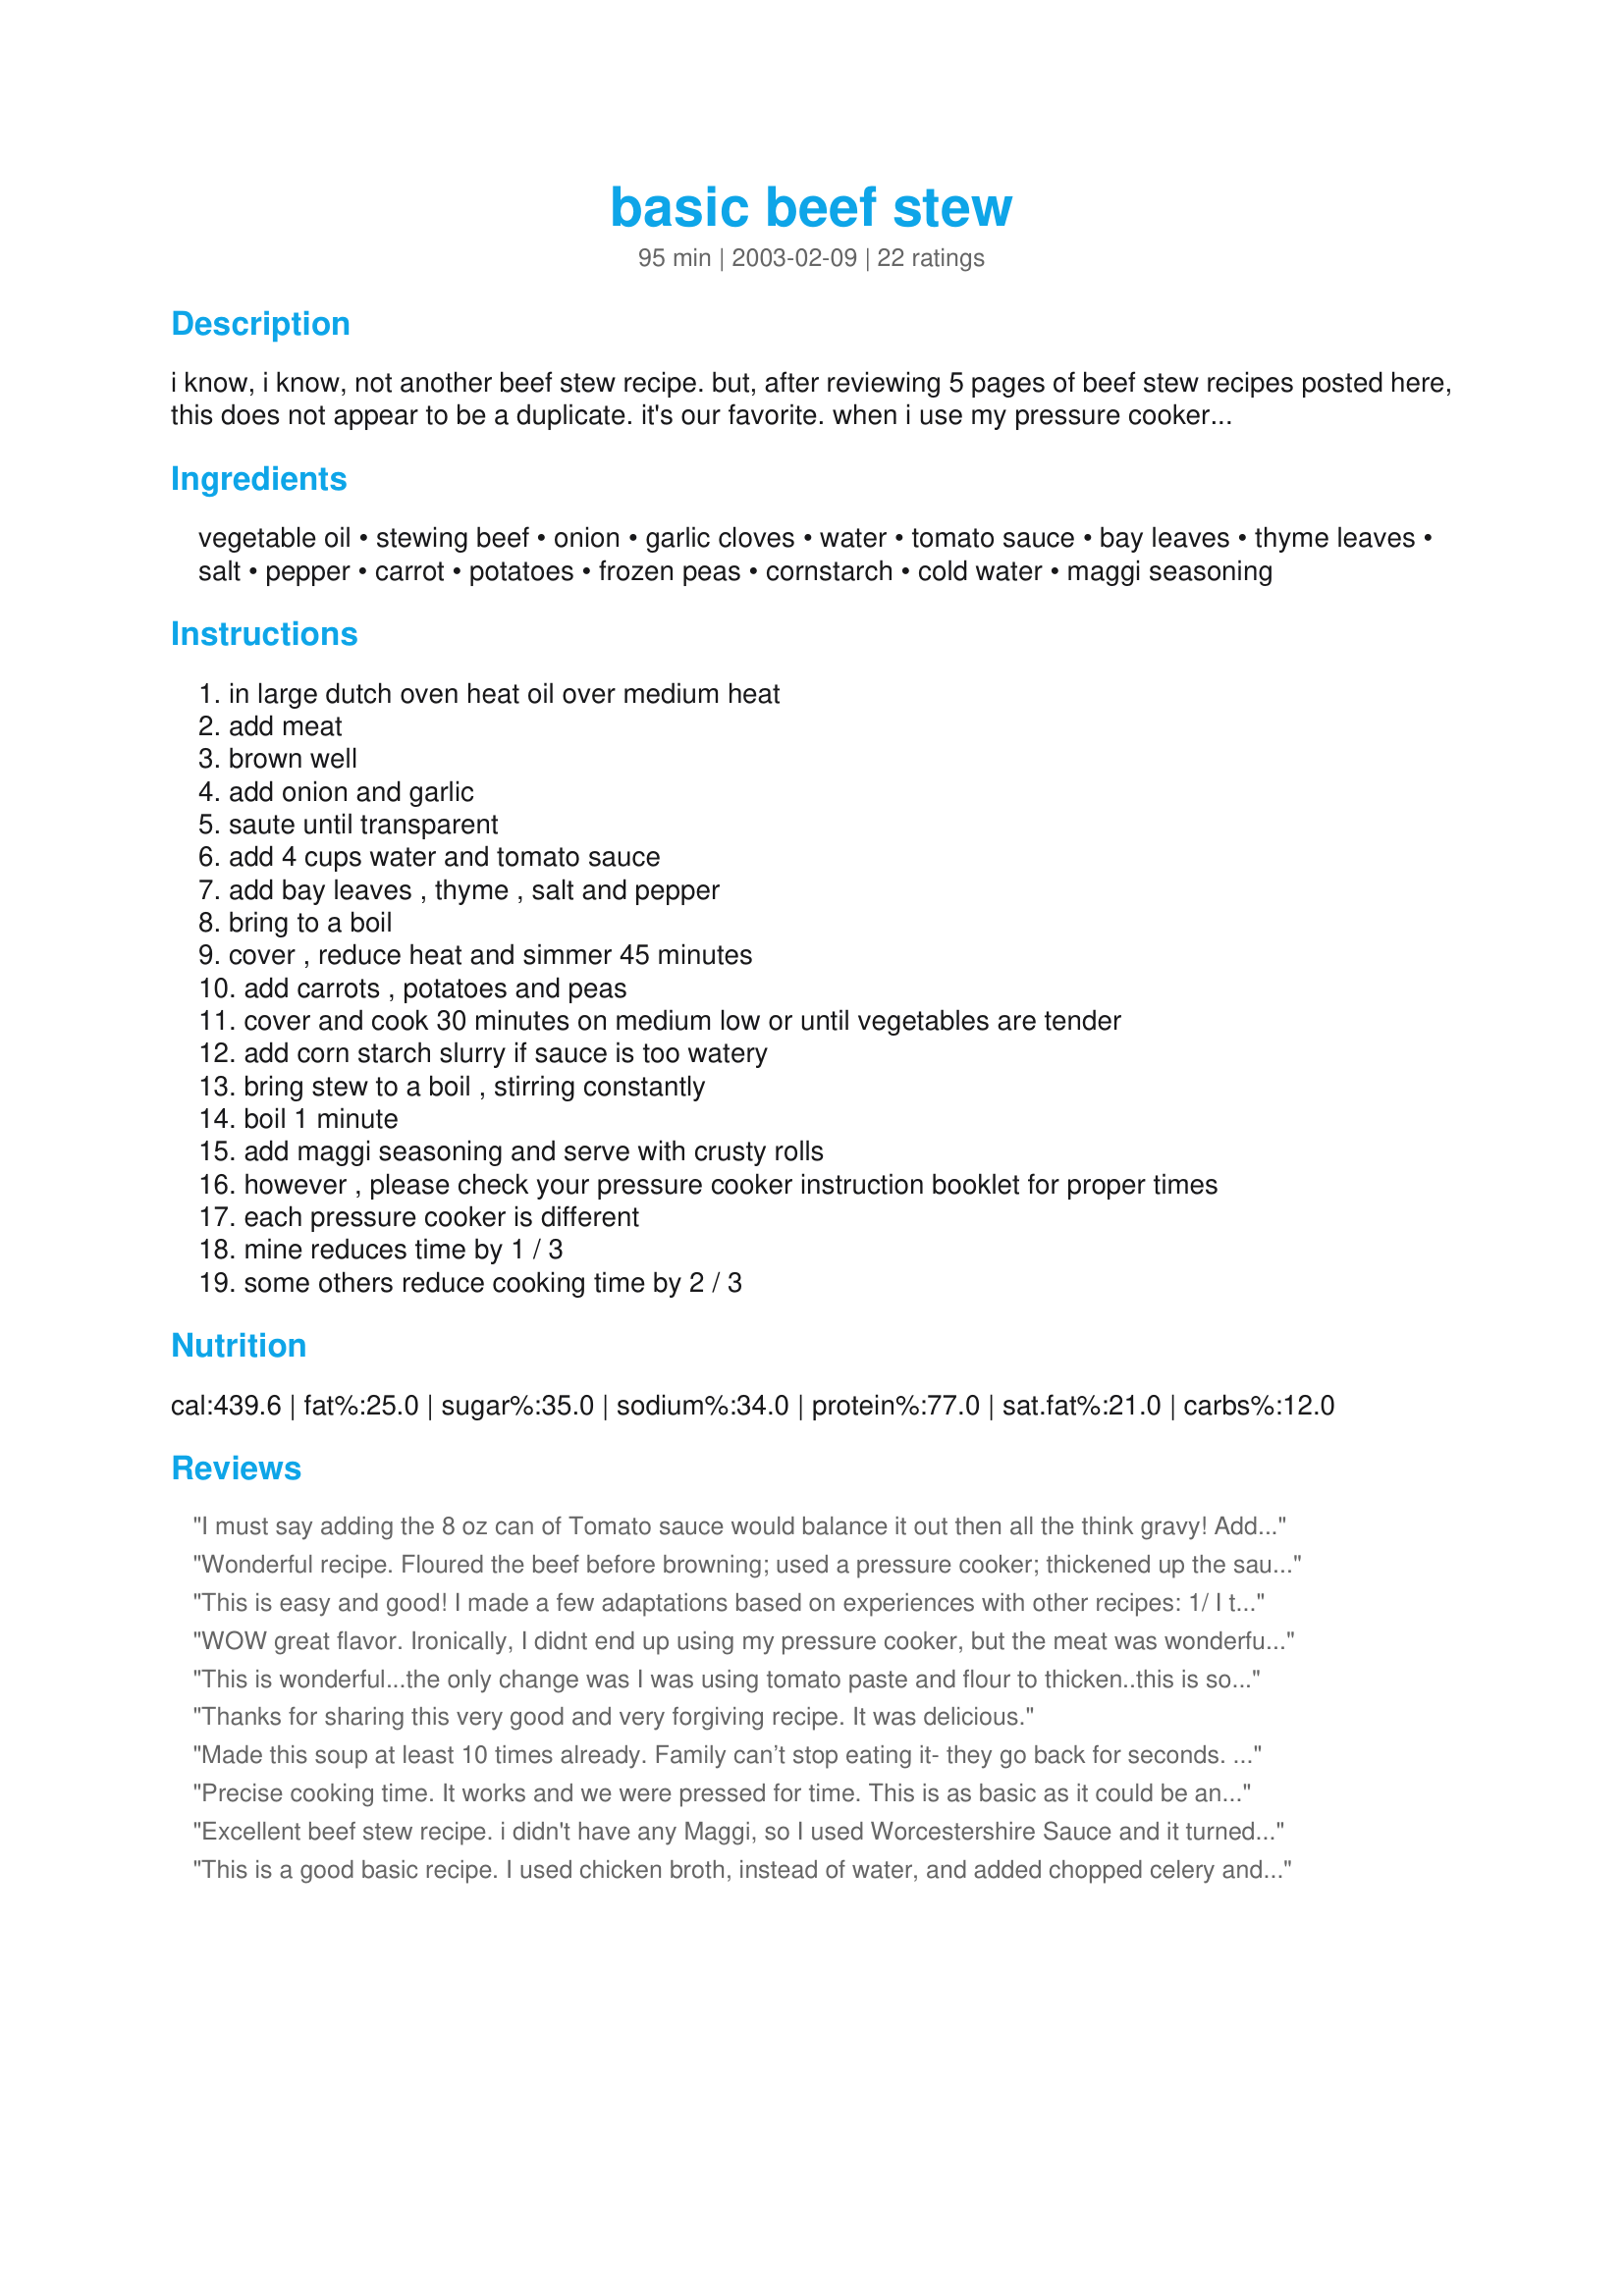
basic beef stew
Preparation time: 95 minutes

i know, i know, not another beef stew recipe. but, after reviewing 5 pages of beef stew recipes posted here, this does not appear to be a duplicate. it's our favorite. when i use my pressure cooker it's ready in less than an hour, and the flavor can't be beat. note for the world tour participants - stews are an english tradition, and typically include meat and root vegetables. english peas are also very common in british cookery.

Ingredients:
vegetable oil, stewing beef, onion, garlic cloves, water, tomato sauce, bay leaves, thyme leaves, salt, pepper, carrot, potatoes, frozen peas, cornstarch, cold water, maggi seasoning

Steps:
in large dutch oven heat oil over medium heat, add meat, brown well, add onion and garlic, saute until transparent, add 4 cups water and tomato sauce, add bay leaves , thyme , salt and pepper, bring to a boil, cover , reduce heat and simmer 45 minutes, add carrots , potatoes and peas, cover and cook 30 minutes on medium low or until vegetables are tender, add corn starch slurry if sauce is too watery, bring stew to a boil , stirring constantly, boil 1 minute, add maggi seasoning and serve with crusty rolls, however , please check your pressure cooker instruction booklet for proper times, each pressure cooker is different, mine reduces time by 1 / 3, some others reduce cooking time by 2 / 3

Reviews:
I must say adding the 8 oz can of Tomato sauce would balance it out then all the think gravy! Added a better color and a sensational pop in our mouths of flavors bursting out! Awesome you guys Rock! Love adding our own little spins to enhance it even more!! Yeah my Boys gobbled it!! I think Obsessed is the word! Huge Hit alright ??
Wonderful recipe. Floured the beef before browning; used a pressure cooker; thickened up the sauce; and added some cayenne to add a bit of kick!
This is easy and good! I made a few adaptations based on experiences with other recipes: 
1/ I tossed the beef cubes in flour with a bit of salt and pepper before browining them,
2/ I added 1 cup of red wine in lieu of one cup of water, and 
3/ I used frozen green beans (whole) which I had on hand, instead of the peas.
I did not use cornstarch or maggi, but I think the flour I did use at the browning stage helps to make a bit of a thicker sauce.
It was a nice thick stew. Will definitely use this recipe again. Thanks Pan Nan!!!
WOW great flavor. Ironically, I didnt end up using my pressure cooker, but the meat was wonderfully tender and the gravy was really tasty. I didnt have Maggi seasoning so I used kitchen boquet, a browning/gravy sauce.
This is wonderful...the only change was I was using tomato paste and flour to thicken..this is so much better. My kids loved this and ate seconds along with big slices of homemade bread and butter, Thanks...I have been making this for years and we love the "tomato" addition.
Thanks for sharing this very good and very forgiving recipe. It was delicious.
Made this soup at least 10 times already. Family can’t stop eating it- they go back for seconds. The veggies do need more time - I cook them for about 80 mins instead of the recommended 30; just because I like carrots super soft. And this time I used ketchup instead of tomato sauce. Omg! Super delicious!
Precise cooking time. It works and we were pressed for time. This is as basic as it could be and turned out flavorful. A straightforward, accurate recipe. We didnt change anything. Other reviewers might want to extend cooking time for the beef to make it even tender, but as it is, it was VERY OKAY. Thank you for sharing, PanNan !
Excellent beef stew recipe. i didn't have any Maggi, so I used Worcestershire Sauce and it turned out awesomely tasty. Mahalo for posting this wonderfully basic comfort food.
This is a good basic recipe. I used chicken broth, instead of water, and added chopped celery and a teaspoon of Sriracha sauce for more depth.
Had to double the cooking time for the vegetables. Unless you like them crunchy they won't be done in 30 minutes.
Simple-yes. Delicious and comforting-yes, yes. Perfect.
Fallowed the recipe to the letter
but at the last minute i made some adjustments to meet our personal taste .It was easy and turned out to be a wonderfull meal that we will do again
I love the addition of green peas, and so did everyone else. It's what makes it stand out from other recipes. For the tomato sauce I used Emeril's chunky marinara with great results. Thank you for warming up my body and my soul.
An excellent recipe to use as a base and customize based on taste.
Nice one
I cannot thank you enough for this recipe. Minus the garlic,thyme,peas,Maggi & corn starch this is my moms recipe ... She used flour instead of corn starch. My mom passed away 22 years ago this April coming & I never had her stew recipe. My older sister gave me the recipe minus all the instructions. Thank you so very much for posting this !!!!
This was very very good. I also didn't have maggi seasoning and left it out. I left out the peas also but thats just cause I don't really like peas in anything other than a side dish. We made this in the crockpot so the meat was very tender. Even better the next day too. Thanks for a great stew recipes
We really enjoyed this stew! It was easy to prepare, the instructions were clear, and the result was a thick and hearty stew. Next time I make this, I think I'll add some red wine after the meat is browned and the onions tender, then reduce. I think that this would give this dish the depth of flavor that would put it over the top. Thanks for a great recipe, Pan Nan! :)
We all enjoyed this healthy and hearty meal very much. I only used a tablespoon or so of vegetable oil to brown the beef. I was out of frozen peas, so I used corn instead. I found it unnecessary to make up the slurry, as the sauce was thick enough without it. Very good - this will definitely be on the menu again!!!
I've cooked mine in the crockpot and Slowed cooked it .Turned out perfect!!!????
This is a great, basic beef stew and was wonderful for our first chilly day this Autumn (not officially but close). I used 1 lb. of stewing beef and 1 lb. of baby Portobello mushrooms (I added the mushrooms with the carrots and potatoes). The mushrooms gave it a 'meaty feel' so that I could cut down on the meat to appease my husband's low-fat diet but still have a treat with the beef! Also, I used 1 cup of sodium-free, fat-free chicken stock in place of 1 of the cups of water to add more flavor since I eliminated the salt, but added lots of freshly cracked pepper. We loved this stew...we had it with crispy Italian rolls and my husband really enjoyed his treat. Thanks for another great recipe PanNan :) JJ
